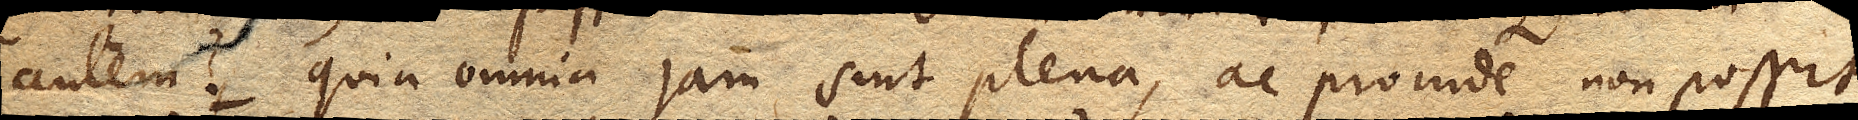
autem? Quia omnia jam sint plena, ac proinde non possit